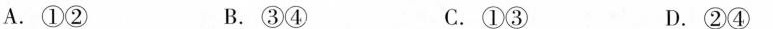
A.①② B.③④ C.①③ D.②④